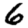
Digit: 6